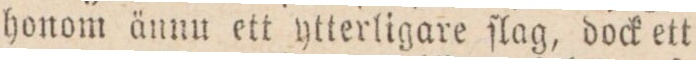
honom ännu ett ytterligare ſlag, dock ett